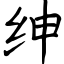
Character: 绅